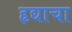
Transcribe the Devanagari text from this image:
हृद्याचा